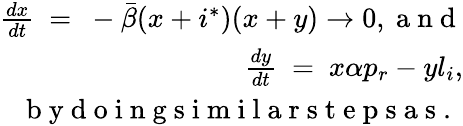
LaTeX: \begin{array}{r}{\frac{dx}{dt}\ =\ -\bar{\beta}(x+i^{*})(x+y)\to 0,\mathrm{~a~n~d~}}\\ {\ \ \ \ \ \ \frac{dy}{dt}\ =\ x\alpha p_{r}-yl_{i},}\\ {\mathrm{~b~y~d~o~i~n~g~s~i~m~i~l~a~r~s~t~e~p~s~a~s~.~}}\end{array}